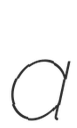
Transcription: a